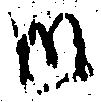
御